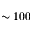
\sim 1 0 0